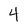
Character: 4